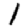
Digit: 1